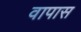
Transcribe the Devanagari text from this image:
वापास